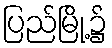
ပြည်မြို့၌